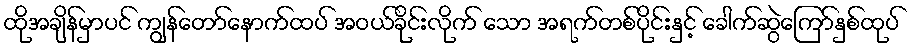
ထိုအချိန်မှာပင် ကျွန်တော်နောက်ထပ် အဝယ်ခိုင်းလိုက် သော အရက်တစ်ပိုင်းနှင့် ခေါက်ဆွဲကြော်နှစ်ထုပ်